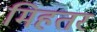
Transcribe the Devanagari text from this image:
मिहतर